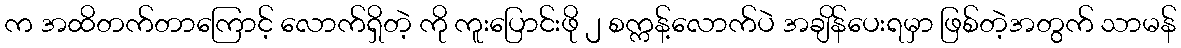
က အထိတက်တာကြောင့် လောက်ရှိတဲ့ ကို ကူးပြောင်းဖို ၂ စက္ကန့်လောက်ပဲ အချိန်ပေးရမှာ ဖြစ်တဲ့အတွက် သာမန်